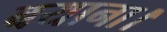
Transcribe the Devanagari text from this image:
बयाना।